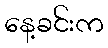
နေ့ခင်းက